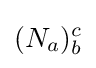
(N_{a})_{b}^{c}